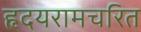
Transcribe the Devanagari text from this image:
हृदयरामचरित